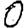
Digit: 0